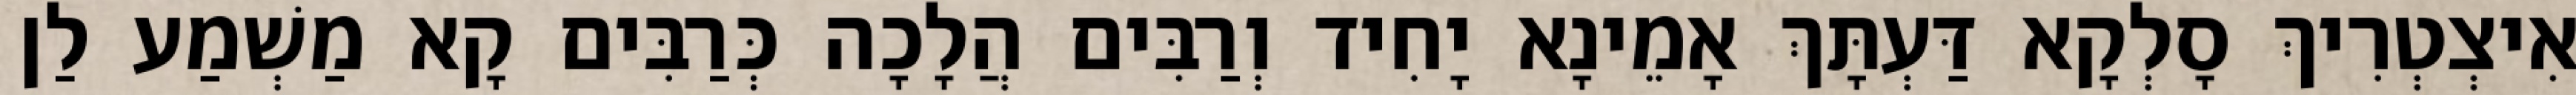
אִיצְטְרִיךְ סָלְקָא דַּעְתָּךְ אָמֵינָא יָחִיד וְרַבִּים הֲלָכָה כְּרַבִּים קָא מַשְׁמַע לַן